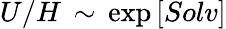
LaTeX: U/H\, \sim\, \exp\left[Solv\right]